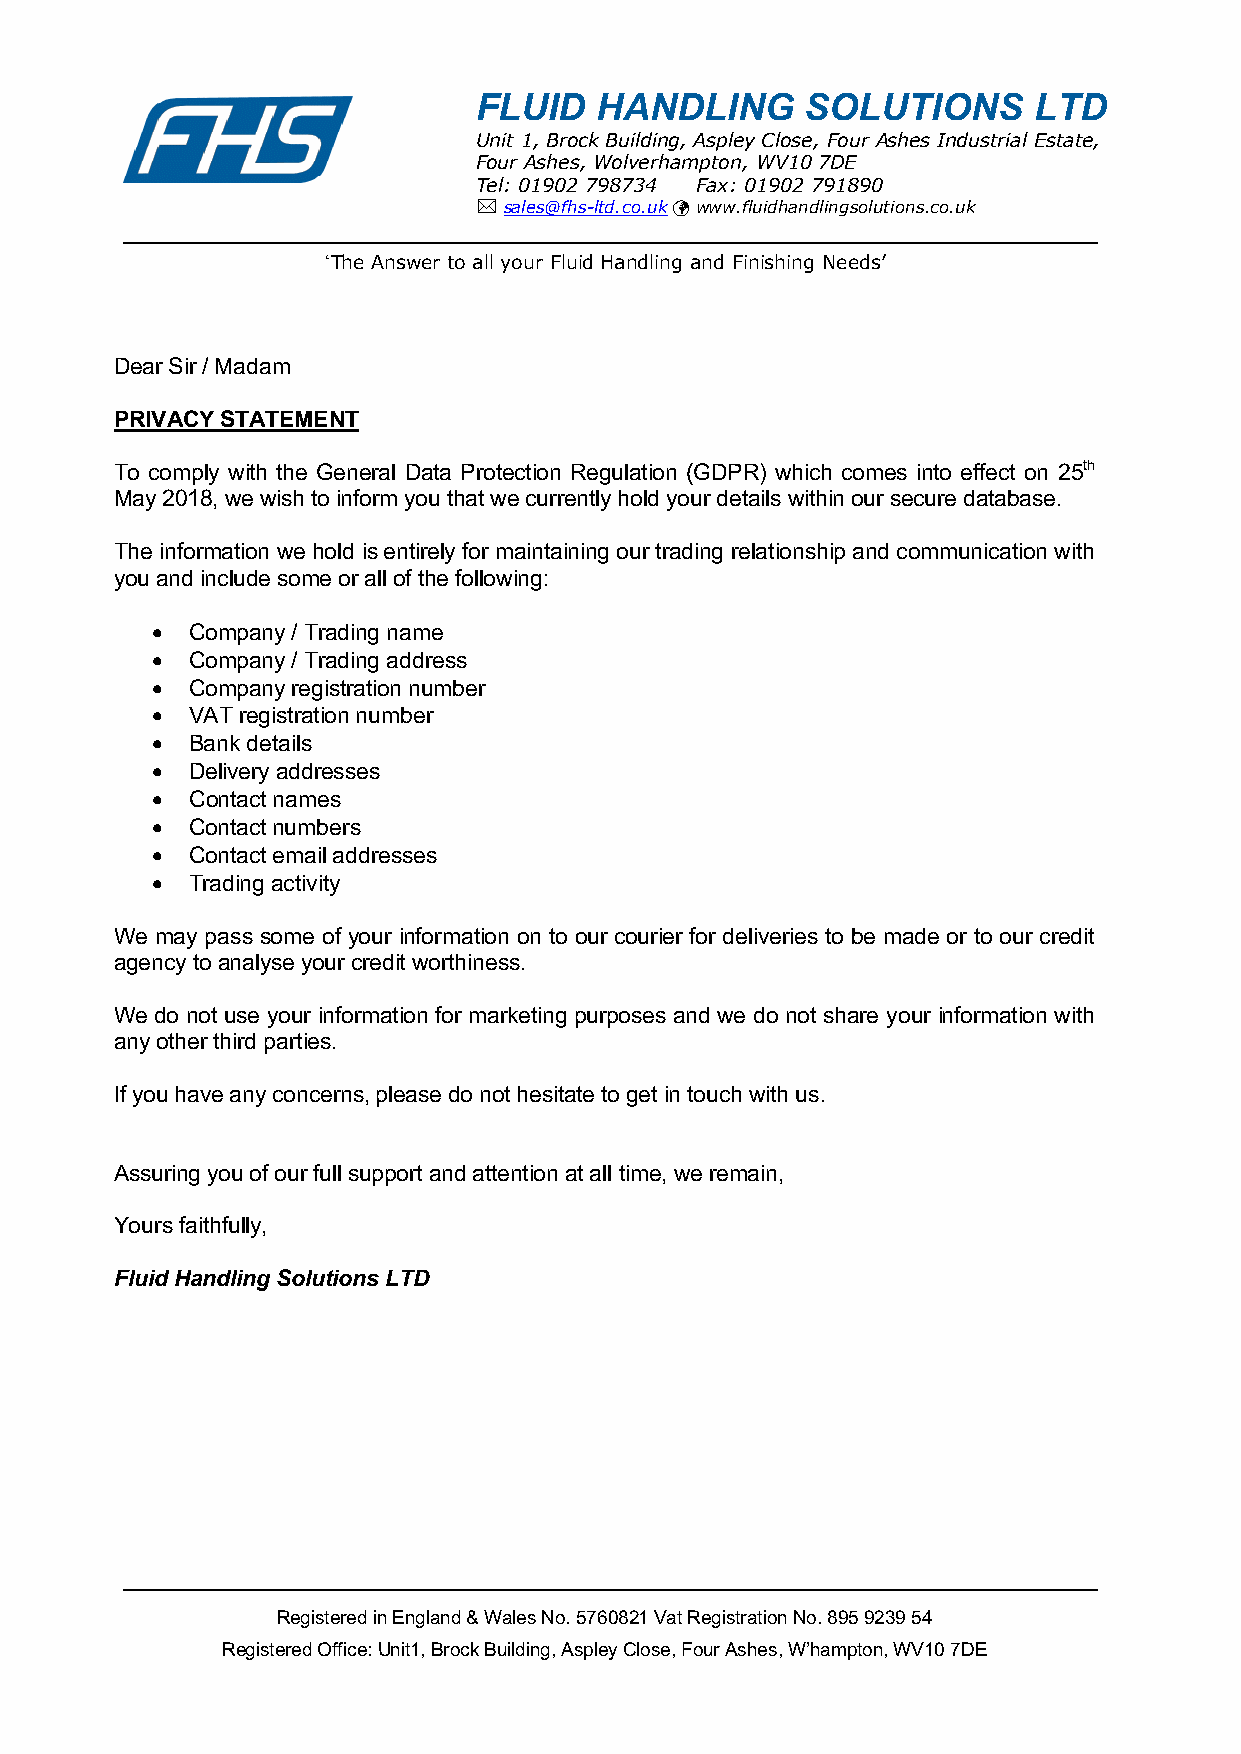
FLUID   HANDLING      SOLUTIONS      LTD
 Unit 1, Brock Building, Aspley Close, Four Ashes Industrial Estate,
 Four Ashes, Wolverhampton, WV10 7DE
 Tel: 01902 798734 Fax: 01902 791890
 * sales@fhs-lt d.co.uk ü www.fluidhandlingsolutions.co.uk
 ‘The Answer to all your Fluid Handling and Finishing Needs’
 Dear Sir / Madam
 PRIVACY STATEMENT
 To comply with the General Data Protection Regulation (GDPR) which comes into effect on 25th
 May 2018, we wish to inform you that we currently hold your details within our secure database.
 The information we hold is entirely for maintaining our trading relationship and communication with
 you and include some or all of the following:
 •  Company / Trading name
 •  Company / Trading address
 •  Company registration number
 •  VAT registration number
 •  Bank details
 •  Delivery addresses
 •  Contact names
 •  Contact numbers
 •  Contact email addresses
 •  Trading activity
 We may pass some of your information on to our courier for deliveries to be made or to our credit
 agency to analyse your credit worthiness.
 We do not use your information for marketing purposes and we do not share your information with
 any other third parties.
 If you have any concerns, please do not hesitate to get in touch with us.
 Assuring you of our full support and attention at all time, we remain,
 Yours faithfully,
 Fluid Handling Solutions LTD
 Registered in England & Wales No. 5760821 Vat Registration No. 895 9239 54
 Registered Office: Unit1, Brock Building, Aspley Close, Four Ashes, W’hampton, WV10 7DE